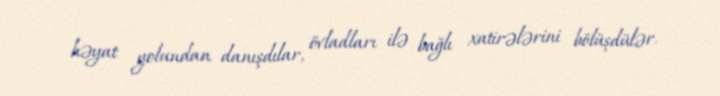
həyat yolundan danışdılar, övladları ilə bağlı xatirələrini bölüşdülər.